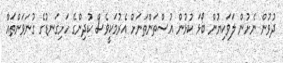
ދުވުން ނެށުން ލަވަކިޔުން ބޯޅަ ކުޅުން އުސްތަންތަނަށް އެރުމަކީވެސް ކުދިންގެ ހަށިގަނޑުގެ ގުނަވަންތައް